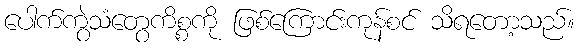
ပေါက်ကွဲသံတွေကိစ္စကို ဖြစ်ကြောင်းကုန်စင် သိရတော့သည်။